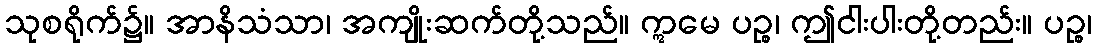
သုစရိုက်၌။ အာနိသံသာ၊ အကျိုးဆက်တို့သည်။ ဣမေ ပဉ္စ၊ ဤငါးပါးတို့တည်း။ ပဉ္စ၊